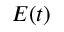
E ( t )